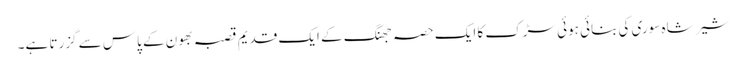
شیر شاہ سوری کی بنائی ہوئی سڑک کا ایک حصہ جھنگ کے ایک قدیم قصبہ بھون کے پاس سے گزرتا ہے۔